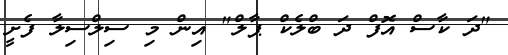
"ދަ ކާސް އޮފް ދަ ބްލެކް ޕާލް" އިން މި ސިލްސިލާ ފެށީ